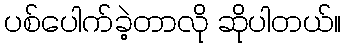
ပစ်ပေါက်ခဲ့တာလို ဆိုပါတယ်။